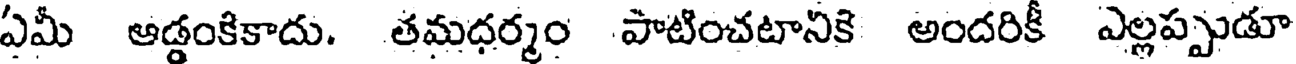
ఏమీ ఆడ్డంకికాదు. తమధర్మం పాటించటానికి అందరికీ ఎల్లప్పుడూ